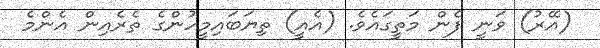
(އޭރު) ވަނީ ފެން މަތީގައެވެ. (އެއީ) ތިޔަބައިމީހުންގެ ތެރެއިން އެންމެ